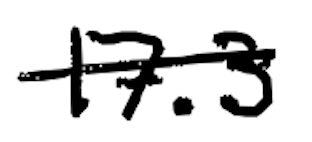
Text: 17.3
Cross-out: single-line
Writing tool: digital_black